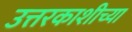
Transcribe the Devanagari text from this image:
उत्तरकाशीच्या